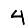
Digit: 4